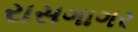
રાસગાગર